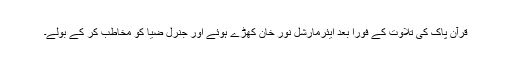
قرآن پاک کی تلاوت کے فورا بعد ایئرمارشل نور خان کھڑے ہوئے اور جنرل ضیا کو مخاطب کر کے بولے۔